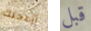
أزعجتك قبل